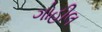
ગોહીલ